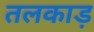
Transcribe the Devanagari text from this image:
तलकाड़